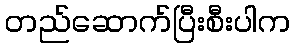
တည်ဆောက်ပြီးစီးပါက